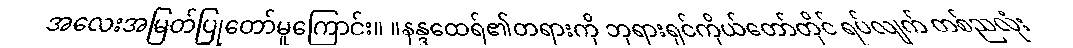
အလေးအမြတ်ပြုတော်မူကြောင်း။ ။နန္ဒထေရ်၏တရားကို ဘုရားရှင်ကိုယ်တော်တိုင် ရပ်လျက် တစ်ညလုံး